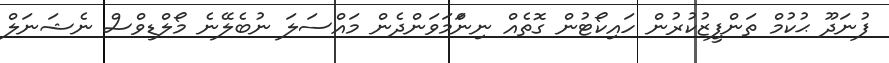
ފުނަދޫ ޙުކުމް ތަންފީޒުކުރުން ހައިކޯޓުން ގޮތެއް ނިނަްމަވަންދެން މައްސަލަ ނުބެލޭނެ މޯލްޑިވްސް ނެޝަނަލް